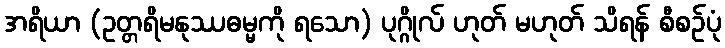
အရိယာ (ဥတ္တရိမနုဿဓမ္မကို ရသော) ပုဂ္ဂိုလ် ဟုတ် မဟုတ် သိရန် စီစဉ်ပုံ